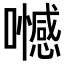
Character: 𡄏